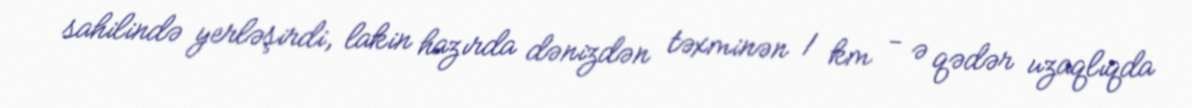
sahilində yerləşirdi, lakin hazırda dənizdən təxminən 1 km - ə qədər uzaqlıqda